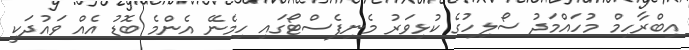
އިބްރާހިމް މުހައްމަދު ސޯލިހުގެ ކުޅިވަރު މެނިފެސްޓޯގައި ހިމެނޭ އެންމެ ބޮޑު އެއް ވައުދަކީ